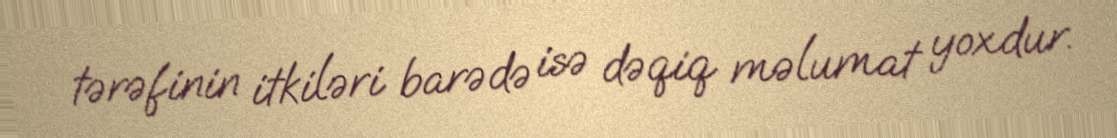
tərəfinin itkiləri barədə isə dəqiq məlumat yoxdur.